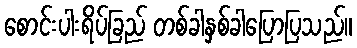
စောင်းပါးရိပ်ခြည် တစ်ခါနှစ်ခါပြောပြသည်။